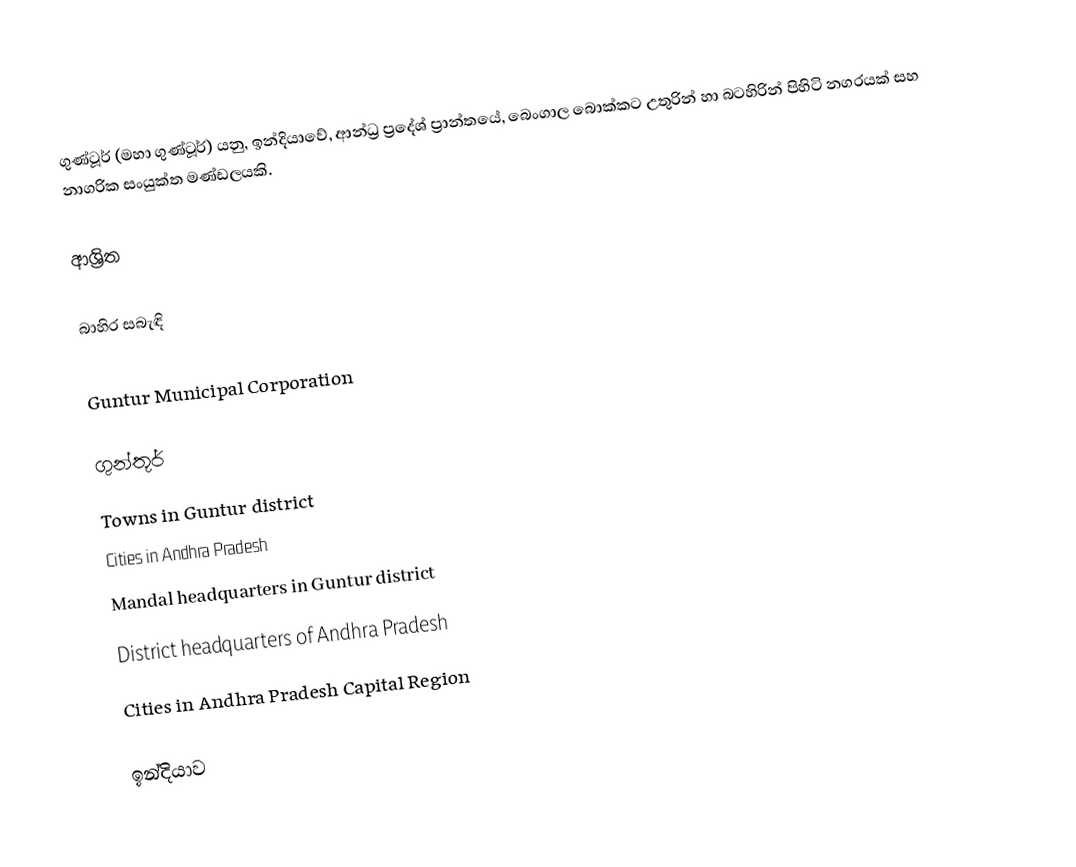
ගුණ්ටූර් (මහා ගුණ්ටූර්) යනු,  ඉන්දියාවේ, ආන්ධ්‍ර ප්‍රදේශ් ප්‍රාන්තයේ, බෙංගාල බොක්කට  උතුරින් හා බටහිරින් පිහිටි නගරයක් සහ නාගරික සංයුක්ත මණ්ඩලයකි.

ආශ්‍රිත

බාහිර සබැඳි

 Guntur Municipal Corporation

ගුන්තූර්
Towns in Guntur district
Cities in Andhra Pradesh
Mandal headquarters in Guntur district
District headquarters of Andhra Pradesh
Cities in Andhra Pradesh Capital Region

ඉන්දියාව